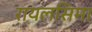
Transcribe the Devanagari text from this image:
रायलसिमा